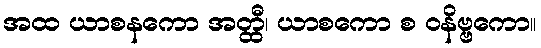
အထ ယာစနကော အတ္ထီ၊ ယာစကော စ ဝနိဗ္ဗကော။